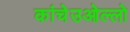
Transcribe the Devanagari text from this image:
कांचेउओल्लो